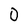
Character: 0